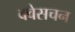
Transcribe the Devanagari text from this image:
क्वेसचन